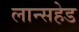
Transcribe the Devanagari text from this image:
लान्सहेड